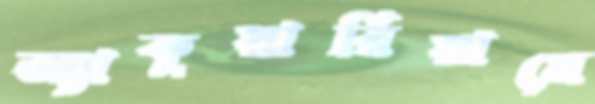
অ্যাকুয়ারিয়ামে